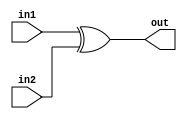
//created by ivy on 2021/7/3

module a1(
    input in1,
    input in2,
    output out
);
    assign out = in1^in2;
    
endmodule

module a2(
    input in,
    output out
);
    assign out = in&1;
    
endmodule

module module_p(
    input in1, 
    input in2, 
    output out
);
    // goal: out = ((in1^in2)&1)^(in2&1)
    // modules a1 and a2 are given
    // you can only define new registers or wires, and use module a1 and a2

endmodule